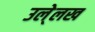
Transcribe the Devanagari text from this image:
उले्लख